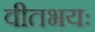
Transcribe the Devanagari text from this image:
वीतभयः